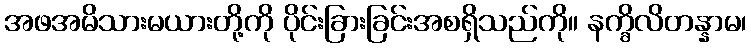
အဖအမိသားမယားတို့ကို ပိုင်းခြားခြင်းအစရှိသည်ကို။ နက္ခိလိတန္နာမ၊